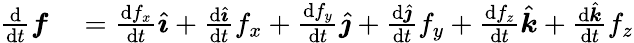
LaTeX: \begin{array}{rl}{{\frac{\mathrm{d}}{\mathrm{d}t}}{\boldsymbol{f}}}&{{}={\frac{\mathrm{d}f_{x}}{\mathrm{d}t}}{\hat{\boldsymbol{\imath}}}+{\frac{\mathrm{d}{\hat{\boldsymbol{\imath}}}}{\mathrm{d}t}}f_{x}+{\frac{\mathrm{d}f_{y}}{\mathrm{d}t}}{\hat{\boldsymbol{\jmath}}}+{\frac{\mathrm{d}{\hat{\boldsymbol{\jmath}}}}{\mathrm{d}t}}f_{y}+{\frac{\mathrm{d}f_{z}}{\mathrm{d}t}}{\hat{\boldsymbol{k}}}+{\frac{\mathrm{d}{\hat{\boldsymbol{k}}}}{\mathrm{d}t}}f_{z}}\end{array}